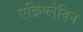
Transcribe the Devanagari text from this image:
एक्रिप्लेविन